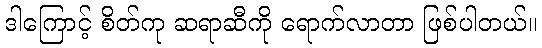
ဒါကြောင့် စိတ်ကု ဆရာဆီကို ရောက်လာတာ ဖြစ်ပါတယ်။